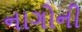
નાગોની